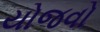
યોજવો